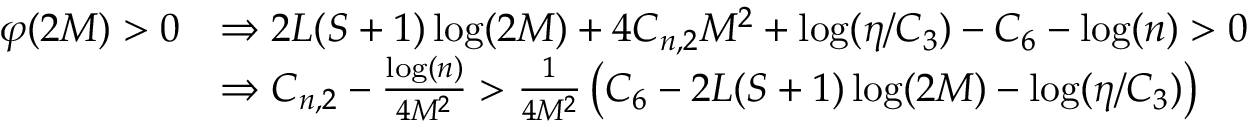
\begin{array} { r l } { \varphi ( 2 M ) > 0 } & { \Rightarrow 2 L ( S + 1 ) \log ( 2 M ) + 4 C _ { n , 2 } M ^ { 2 } + \log ( \eta / C _ { 3 } ) - C _ { 6 } - \log ( n ) > 0 } \\ & { \Rightarrow C _ { n , 2 } - \frac { \log ( n ) } { 4 M ^ { 2 } } > \frac { 1 } { 4 M ^ { 2 } } \left( C _ { 6 } - 2 L ( S + 1 ) \log ( 2 M ) - \log ( \eta / C _ { 3 } ) \right) } \end{array}